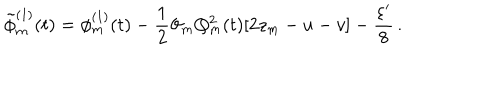
\tilde { \phi } _ { m } ^ { ( 1 ) } ( t ) = \phi _ { m } ^ { ( 1 ) } ( t ) - \frac { 1 } { 2 } \vartheta _ { m } Q _ { m } ^ { 2 } ( t ) [ 2 z _ { m } - u - v ] - \frac { \varepsilon ^ { \prime } } { 8 } \, .